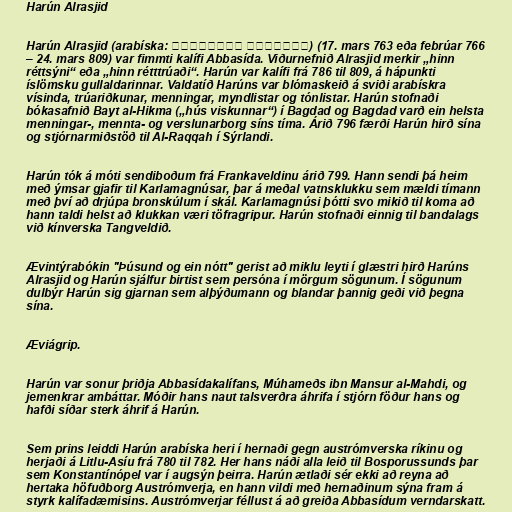
Harún Alrasjid

Harún Alrasjid (arabíska: هَارُون الرَشِيد‎) (17. mars 763 eða febrúar 766
– 24. mars 809) var fimmti kalífi Abbasída. Viðurnefnið Alrasjid merkir „hinn
réttsýni“ eða „hinn rétttrúaði“. Harún var kalífi frá 786 til 809, á hápunkti
íslömsku gullaldarinnar. Valdatíð Harúns var blómaskeið á sviði arabískra
vísinda, trúariðkunar, menningar, myndlistar og tónlistar. Harún stofnaði
bókasafnið Bayt al-Hikma („hús viskunnar“) í Bagdad og Bagdad varð ein helsta
menningar-, mennta- og verslunarborg síns tíma. Árið 796 færði Harún hirð sína
og stjórnarmiðstöð til Al-Raqqah í Sýrlandi.

Harún tók á móti sendiboðum frá Frankaveldinu árið 799. Hann sendi þá heim
með ýmsar gjafir til Karlamagnúsar, þar á meðal vatnsklukku sem mældi tímann
með því að drjúpa bronskúlum í skál. Karlamagnúsi þótti svo mikið til koma að
hann taldi helst að klukkan væri töfragripur. Harún stofnaði einnig til bandalags
við kínverska Tangveldið.

Ævintýrabókin "Þúsund og ein nótt" gerist að miklu leyti í glæstri hirð Harúns
Alrasjid og Harún sjálfur birtist sem persóna í mörgum sögunum. Í sögunum
dulbýr Harún sig gjarnan sem alþýðumann og blandar þannig geði við þegna
sína.

Æviágrip.

Harún var sonur þriðja Abbasídakalífans, Múhameðs ibn Mansur al-Mahdi, og
jemenkrar ambáttar. Móðir hans naut talsverðra áhrifa í stjórn föður hans og
hafði síðar sterk áhrif á Harún.

Sem prins leiddi Harún arabíska heri í hernaði gegn austrómverska ríkinu og
herjaði á Litlu-Asíu frá 780 til 782. Her hans náði alla leið til Bosporussunds þar
sem Konstantínópel var í augsýn þeirra. Harún ætlaði sér ekki að reyna að
hertaka höfuðborg Austrómverja, en hann vildi með hernaðinum sýna fram á
styrk kalífadæmisins. Austrómverjar féllust á að greiða Abbasídum verndarskatt.